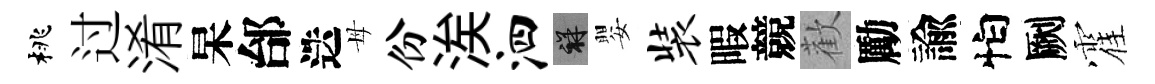
桃过淆杲邰迭母份涘泗祥嬰装暇競歡勵諭怕劂霍